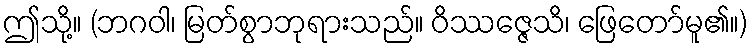
ဤသို့။ (ဘဂဝါ၊ မြတ်စွာဘုရားသည်။ ဝိဿဇ္ဇေသိ၊ ဖြေတော်မူ၏။)